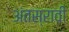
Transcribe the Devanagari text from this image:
अंतस्रावी